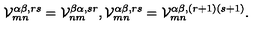
{ \cal V } _ { m n } ^ { \alpha \beta , r s } = { \cal V } _ { n m } ^ { \beta \alpha , s r } , { \cal V } _ { m n } ^ { \alpha \beta , r s } = { \cal V } _ { m n } ^ { \alpha \beta , ( r + 1 ) ( s + 1 ) } .